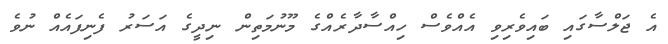
އެ ޖަލްސާގައި ބައިވެރިވި އެއްވެސް ހިއްސާދާރެއްގެ މޫނުމަތިން ނިދީގެ އަސަރު ފެނިފައެއް ނުވެ